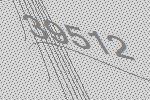
39512